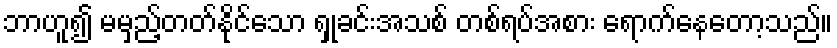
ဘာဟူ၍ မမှည့်တတ်နိုင်သော ရှုခင်းအသစ် တစ်ရပ်အစား ရောက်နေတော့သည်။